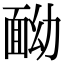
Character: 𩈏